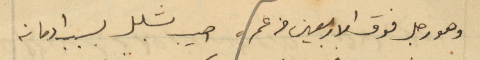
وهو رجل فوق الاربعين من عمره اصيب بشلل بسبب ادمانه